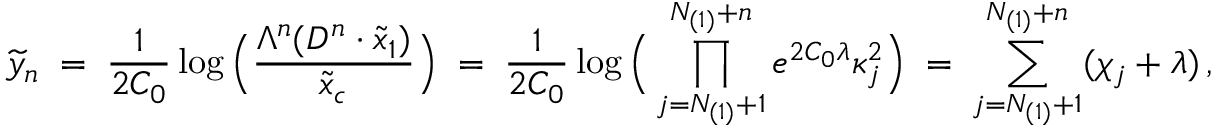
\widetilde { y } _ { n } \; = \; \frac { 1 } { 2 C _ { 0 } } \log \Big ( \frac { \Lambda ^ { n } ( D ^ { n } \cdot \widetilde { x } _ { 1 } ) } { \widetilde { x } _ { c } } \Big ) \; = \; \frac { 1 } { 2 C _ { 0 } } \log \Big ( \prod _ { j = N _ { ( 1 ) } + 1 } ^ { N _ { ( 1 ) } + n } e ^ { 2 C _ { 0 } \lambda } \kappa _ { j } ^ { 2 } \Big ) \; = \; \sum _ { j = N _ { ( 1 ) } + 1 } ^ { N _ { ( 1 ) } + n } ( \chi _ { j } + \lambda ) \, ,